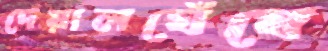
দেয়ালঘেঁষে